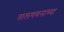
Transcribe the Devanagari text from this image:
तालगणनाच्या